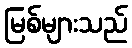
မြစ်များသည်